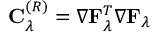
\mathbf { C } _ { \lambda } ^ { ( R ) } = \nabla \mathbf { F } _ { \lambda } ^ { T } \nabla \mathbf { F } _ { \lambda }